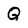
Character: Q